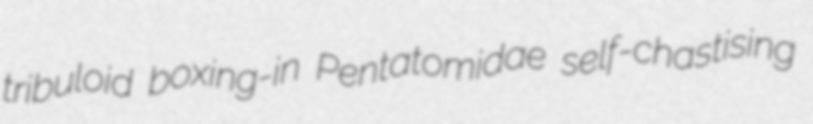
tribuloid boxing-in Pentatomidae self-chastising